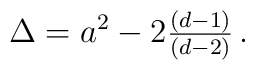
\Delta=a^{2}-2{\textstyle\frac{(d-1)}{(d-2)}}\, .